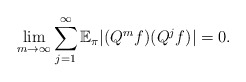
\begin{align*}\lim_{m\rightarrow\infty}\sum_{j=1}^{\infty}\mathbb{E}_{\pi}|(Q^{m}f)(Q^{j}f)|=0. \end{align*}